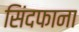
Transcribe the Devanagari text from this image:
सिंदफाना